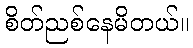
စိတ်ညစ်နေမိတယ်။